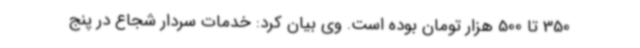
350 تا 500 هزار تومان بوده است. وی بیان کرد: خدمات سردار شجاع در پنج